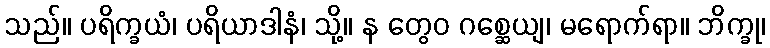
သည်။ ပရိက္ခယံ၊ ပရိယာဒါနံ၊ သို့။ န တွေဝ ဂစ္ဆေယျ၊ မရောက်ရာ။ ဘိက္ခု၊